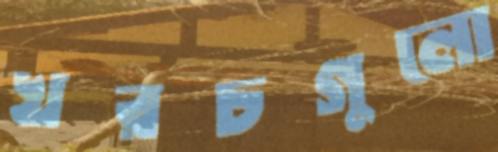
খরচগুলো